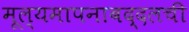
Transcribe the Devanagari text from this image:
मूल्यमापनाबद्दलची